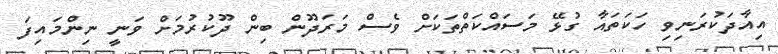
އިއާދަކުރަނިވި ހަކަތައާ ގުޅޭ މަސައްކަތްތަކަށް ވެސް މަރަދޫން ބިން ދޫކުރުމަށް ވަނީ ނިންމައިފަ